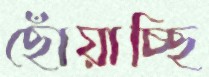
ছোঁয়াচ্ছি